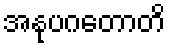
အနုပဂတောတိ